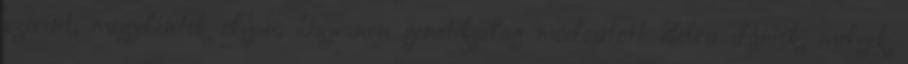
szerint, megjelentek olyan, Tajvanon genetikailag módosított Zebra dániók, melyek